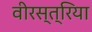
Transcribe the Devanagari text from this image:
वीरस्त्रिया